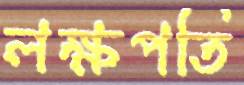
লক্ষপতি